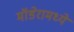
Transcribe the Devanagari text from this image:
मॉडेरामध्ये